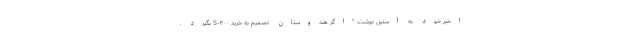
اخیر خود به آستین نوشت: "اگر هندوستان تصمیم به خرید S-۴۰۰ بگیرد ،